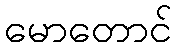
မောတောင်